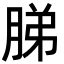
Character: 䏲